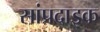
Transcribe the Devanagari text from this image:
सांप्रदाइक